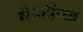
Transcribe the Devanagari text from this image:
शेपटींच्या